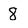
Character: 8